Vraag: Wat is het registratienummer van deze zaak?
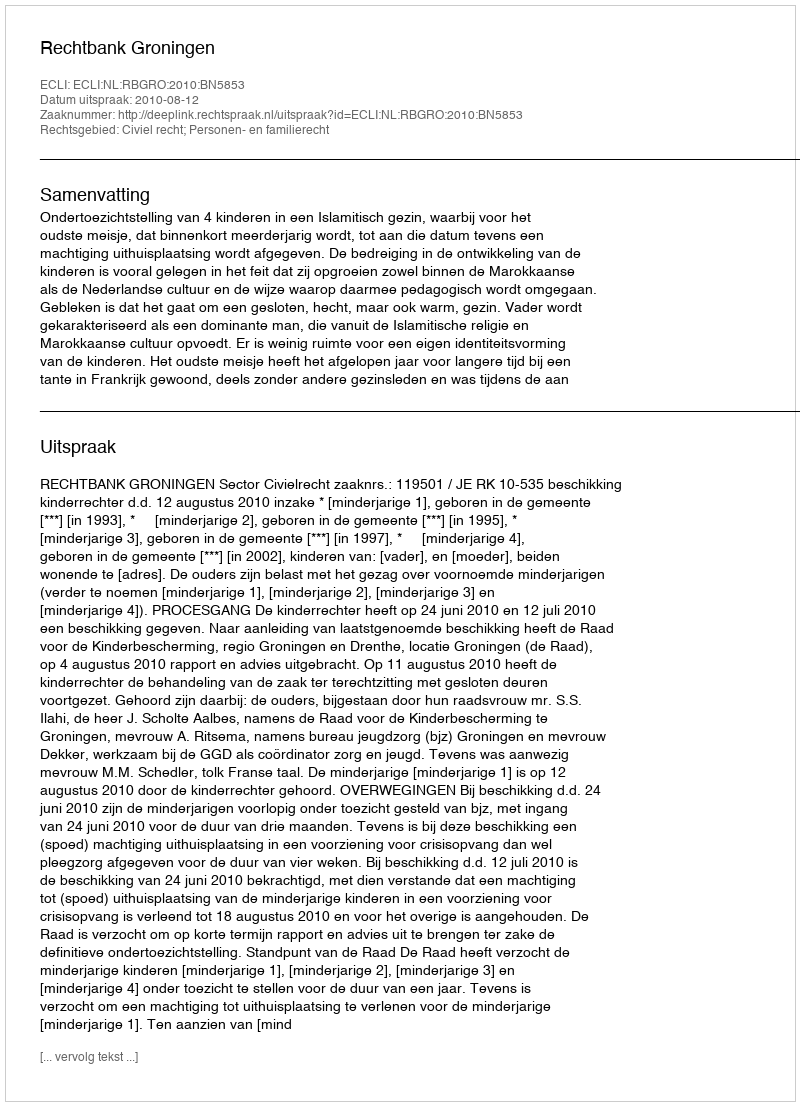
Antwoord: http://deeplink.rechtspraak.nl/uitspraak?id=ECLI:NL:RBGRO:2010:BN5853